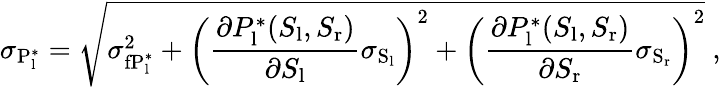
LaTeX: \sigma_{\mathrm{P_{l}^{*}}}=\sqrt{\sigma_{\mathrm{fP_{l}^{*}}}^{2}+\left(\frac{\partial P_{\mathrm{l}}^{*}(S_{\mathrm{l}},S_{\mathrm{r}})}{\partial S_{\mathrm{l}}}\sigma_{\mathrm{S_{l}}}\right)^{2}+\left(\frac{\partial P_{\mathrm{l}}^{*}(S_{\mathrm{l}},S_{\mathrm{r}})}{\partial S_{\mathrm{r}}}\sigma_{\mathrm{S_{r}}}\right)^{2}}\ ,